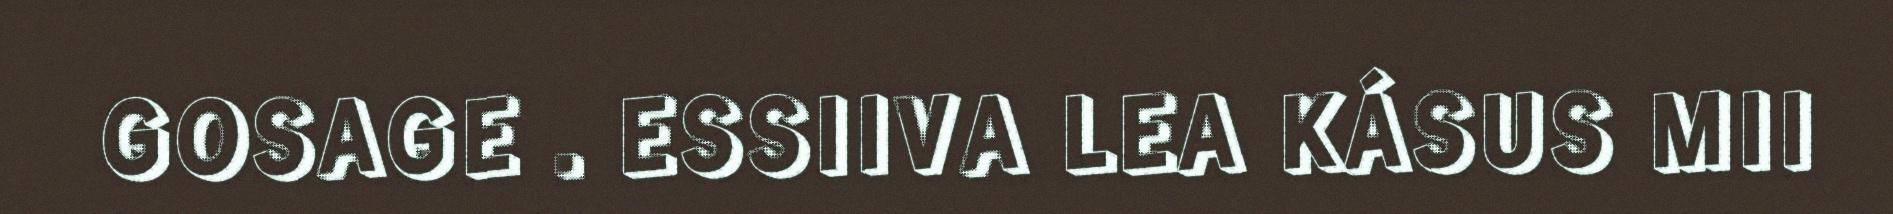
GOSAGE . ESSIIVA LEA KÁSUS MII